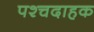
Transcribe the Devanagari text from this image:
पश्चदाहक